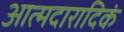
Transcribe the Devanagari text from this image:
आत्मदारादिकं